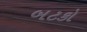
બટકો